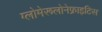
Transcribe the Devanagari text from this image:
ग्लोमेरूलोनेफ्राइटिस